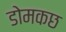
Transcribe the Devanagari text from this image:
डोमकछ